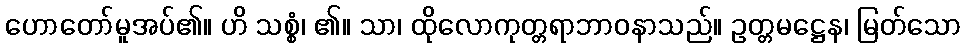
ဟောတော်မူအပ်၏။ ဟိ သစ္စံ၊ ၏။ သာ၊ ထိုလောကုတ္တရာဘာဝနာသည်။ ဥတ္တမဋ္ဌေန၊ မြတ်သော